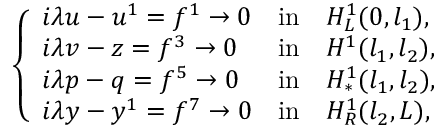
\left\{ \begin{array} { l l l } { i { \lambda } u - u ^ { 1 } = f ^ { 1 } \to 0 } & { \mathrm { i n } } & { H _ { L } ^ { 1 } ( 0 , l _ { 1 } ) , } \\ { i { \lambda } v - z = f ^ { 3 } \to 0 } & { \mathrm { i n } } & { H ^ { 1 } ( l _ { 1 } , l _ { 2 } ) , } \\ { i { \lambda } p - q = f ^ { 5 } \to 0 } & { \mathrm { i n } } & { H _ { \ast } ^ { 1 } ( l _ { 1 } , l _ { 2 } ) , } \\ { i { \lambda } y - y ^ { 1 } = f ^ { 7 } \to 0 } & { \mathrm { i n } } & { H _ { R } ^ { 1 } ( l _ { 2 } , L ) , } \end{array} \right.